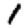
Digit: 1